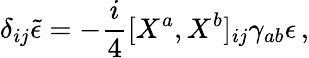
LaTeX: \delta_{ij}\tilde{\epsilon}=-{\frac{i}{4}}\lbrack X^{a},X^{b}\rbrack_{ij}\gamma_{ab}\epsilon\, ,